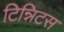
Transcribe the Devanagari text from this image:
टिन्निटस